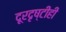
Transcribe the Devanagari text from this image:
दूरदृष्टीही